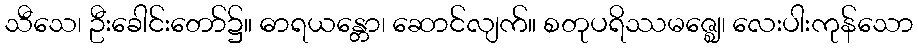
သီသေ၊ ဦးခေါင်းတော်၌။ ဓာရယန္တော၊ ဆောင်လျက်။ စတုပရိဿမဇ္ဈေ၊ လေးပါးကုန်သော